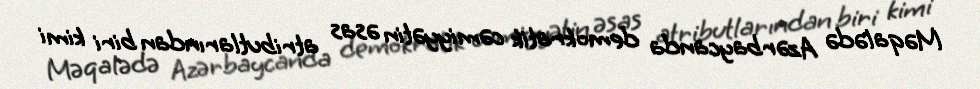
Məqalədə Azərbaycanda demokratik cəmiyyətin əsas atributlarından biri kimi